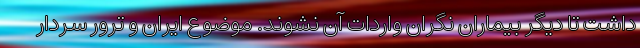
داشت تا دیگر بیماران نگران واردات آن نشوند. موضوع ایران و ترور سردار